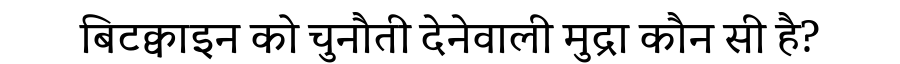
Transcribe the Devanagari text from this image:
बिटक्वाइन को चुनौती देनेवाली मुद्रा कौन सी है?